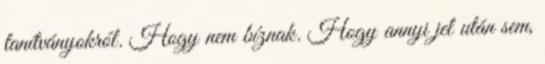
tanítványokról. Hogy nem bíznak. Hogy annyi jel után sem,